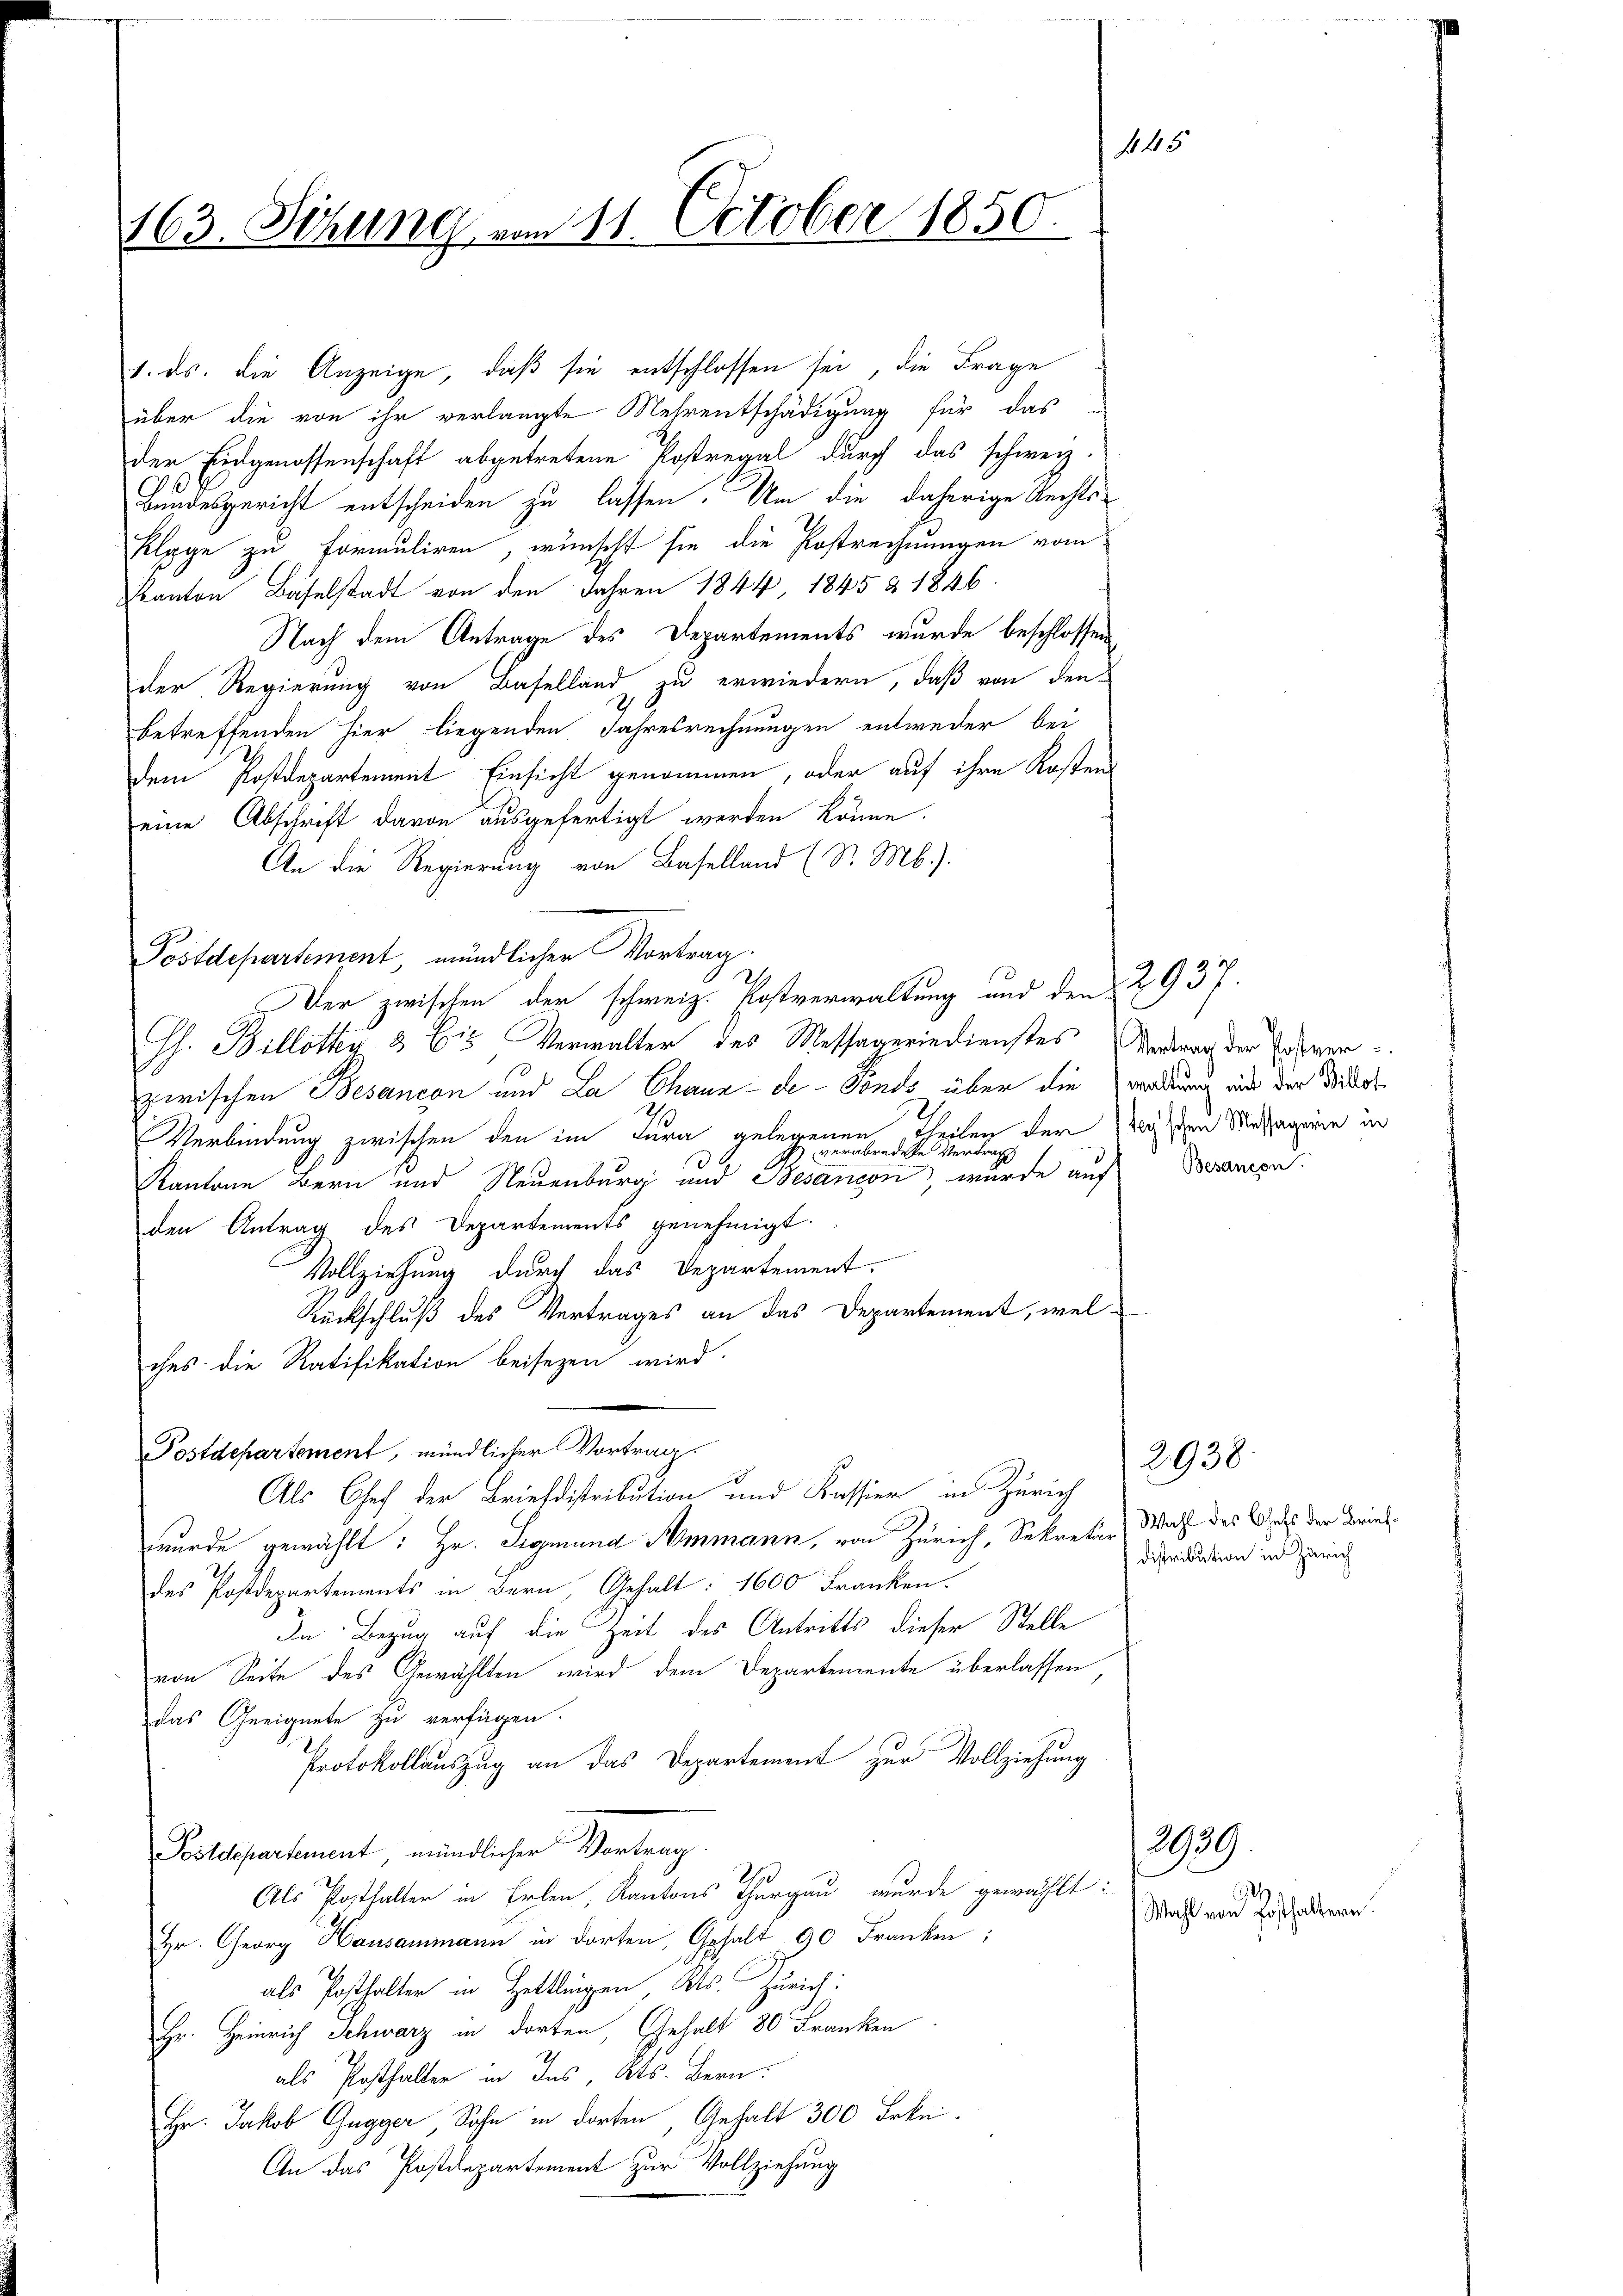
163. Sitzung vom 11. October 1850.

1. ds. die Anzeige, daß sie entschlossen sei, die Frage
über die von ihr verlangte Mehrentschädigung für das
der Eidgenossenschaft abgetretene Postregal durch das schweiz.
Bundesgericht entscheiden zu lassen. Um die daherige Rechts-
Klage zu formuliren, wünscht sie die Postrechnungen vom
Kanton Baselstadt von den Jahren 1844, 1845 & 1846.
Nach dem Antrage des Departements wurde beschlossen,
der Regierung von Baselland zu erwiedern, daß von den
betreffenden hier liegenden Jahresrechnungen entweder bei
dem Postdepartement Einsicht genommen, oder auf ihre Kosten
eine Abschrift davon ausgefertigt werden könne.
An die Regierung von Baselland (S. Mb.).
Postdepartement, mündlicher Vortrag.
21.
Der zwischen der schweiz. Kostverwaltung und den 2937.
Jh. Billotky 8 bis Verwalter des Messageriedienstes Vertrag der Ederen
zwischen Besancen und La Chaux-de-Fonds über die waltung mit der Widers
Verbindung zwischen den im Tura gelegenen Theilen der Wissen Massagenie in
verabredete Vertrag
Kantone Bern und Neuenburg und Besancen, wurde auf
den Antrag des Departements genehmigt.
Vollziehung durch das Departement.
Rückschluß des Vertrages an das Departement, welches die Ratifikation beisezen wird.
Postdepartement, mündlicher Vortrag.
Als Chef der Beieldistribution und Kassier in Zürich
wurde gewählt: Hr. Sigmund Ammann, von Zürich, Sekretär Wahl des Guts der Brief¬
21.
des Postdepartements in Bern, Gehalt: 1600 Franken.
In Bezug auf die Zeit des Antritts dieser Stelle
von Seite des Gewählten wird dem Departemente überlassen,
das Geeignete zu verfügen.
Protokollauszug an das Departement zur Vollziehung
Postdepartement, mündlicher Vortrag.
2
Als Posthalter in Erlen, Kantons Thurgau wurde gewählt:
Hr. Georg Hausammann in dorten, Gehalt 90 Franken:
als Posthalter in Hettlingen, Kts. Zürich:
Hr. Heinrich Schwarz in dorten, Gehalt 80 Franken
als Posthalter in Ins, Kts. Bern:
Hr. Jakob Gugger, Sohn in dorten, Gehalt 300 Frkn.
An das Postdepartement zur Vollziehung

Besanzen.

2938.

2939.

Distribution in Zürich

Wahl von Posthaltern